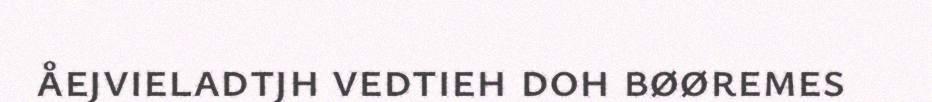
åejvieladtjh vedtieh doh bøøremes